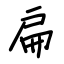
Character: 扁